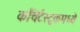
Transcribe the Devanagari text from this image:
काँचेर्टस्टुकमध्ये